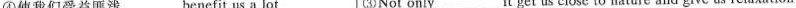
④使我们受益匪浅 benefit us a lot ③Not only ___ it get us close to nature and give us relaxation